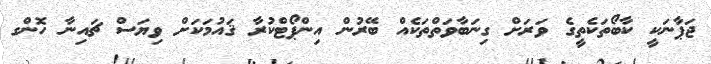
ޖަޕާނަކީ ކާބޯތަކެތީގެ ވަރަށް ގިނަބާވަތްތަކެއް ބޭރުން އިންޕޯޓްކުރާ ޤައުމަކަށް ވިޔަސް ޗައިނާ ހޮންގ